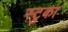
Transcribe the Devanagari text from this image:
स्टुका